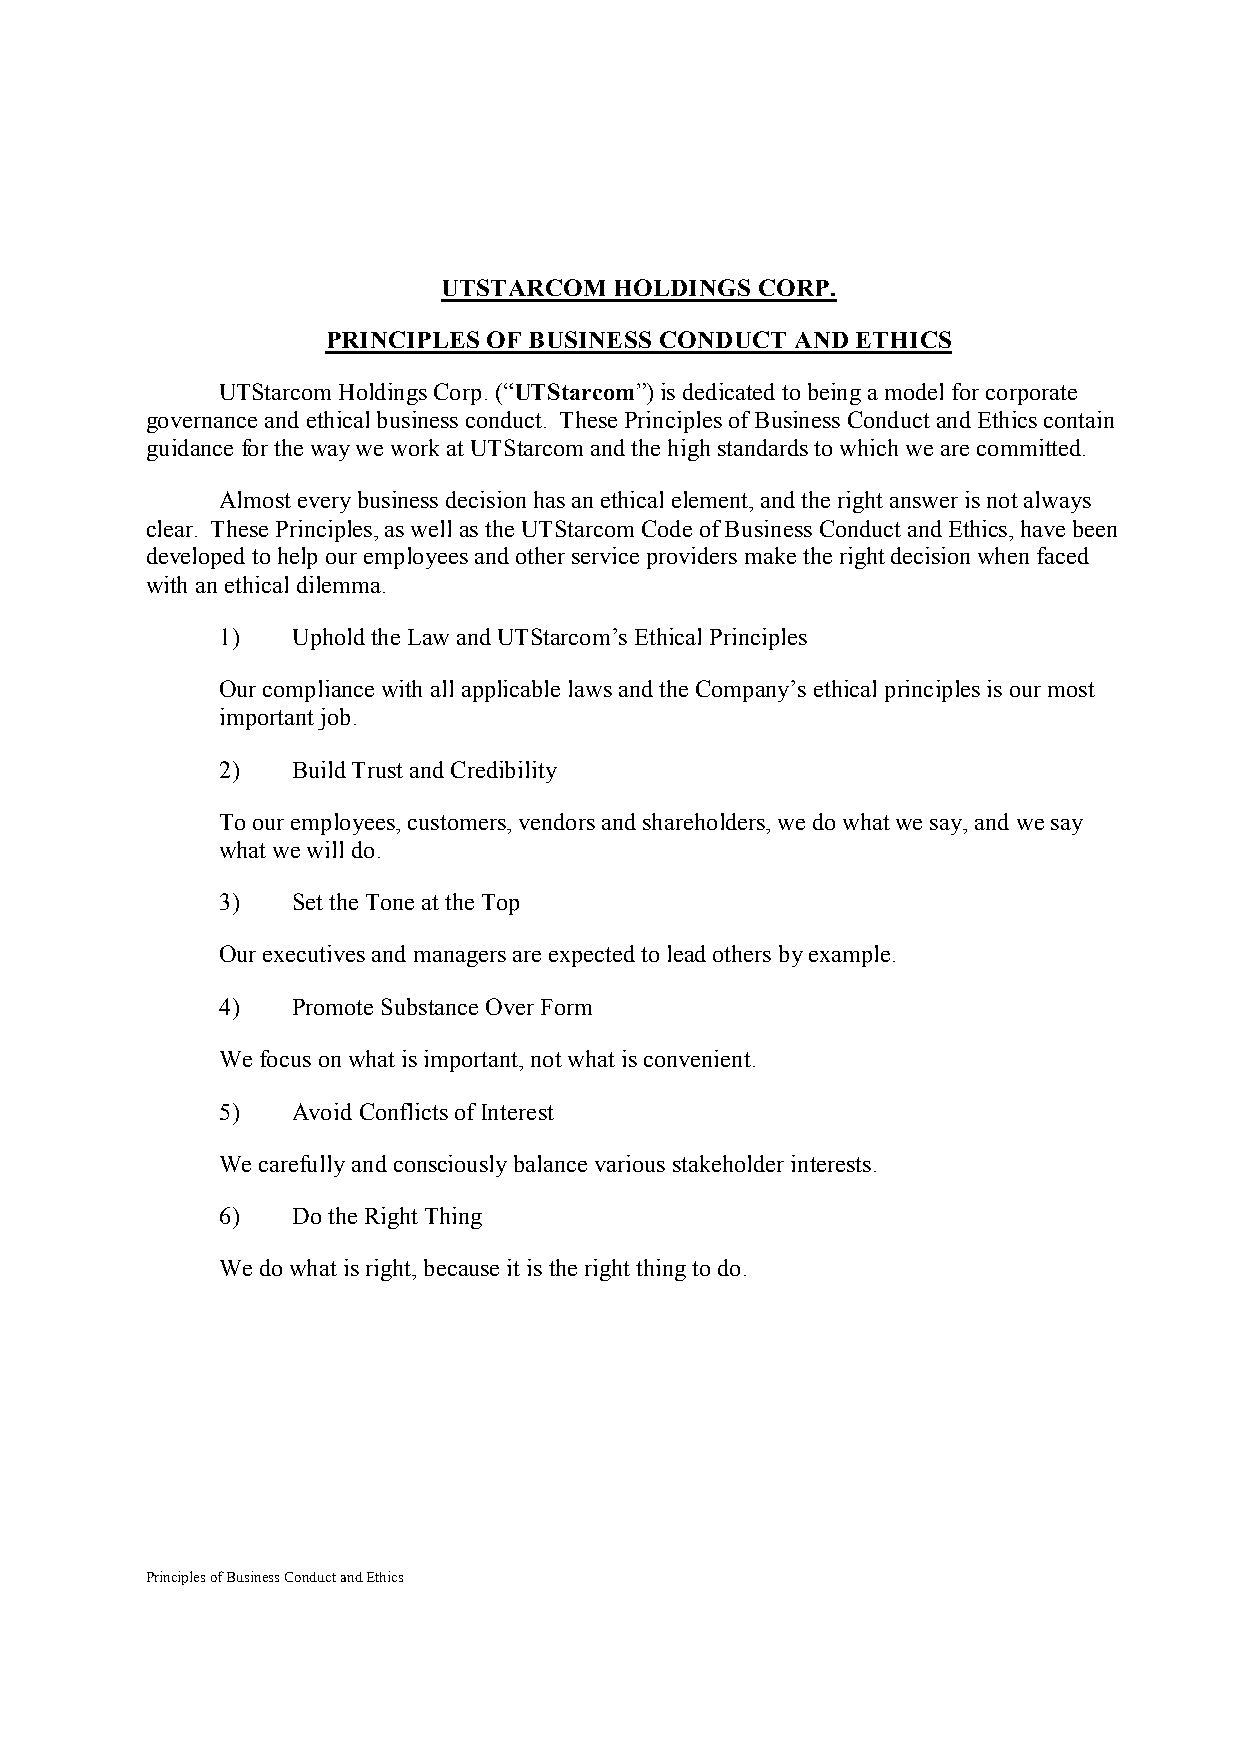
UTSTARCOM   HOLDINGS CORP.
 PRINCIPLES OF BUSINESS CONDUCT AND ETHICS
 UTStarcom Holdings Corp. (“UTStarcom”) is dedicated to being a model for corporate
 governance and ethical business conduct. These Principles of Business Conduct and Ethics contain
 guidance for the way we work at UTStarcom and the high standards to which we are committed.
 Almost every business decision has an ethical element, and the right answer is not always
 clear. These Principles, as well as the UTStarcom Code of Business Conduct and Ethics, have been
 developed to help our employees and other service providers make the right decision when faced
 with an ethical dilemma.
 1)   Uphold the Law and UTStarcom’s Ethical Principles
 Our compliance with all applicable laws and the Company’s ethical principles is our most
 important job.
 2)   Build Trust and Credibility
 To our employees, customers, vendors and shareholders, we do what we say, and we say
 what we will do.
 3)   Set the Tone at the Top
 Our executives and managers are expected to lead others by example.
 4)   Promote Substance Over Form
 We focus on what is important, not what is convenient.
 5)   Avoid Conflicts of Interest
 We carefully and consciously balance various stakeholder interests.
 6)   Do the Right Thing
 We do what is right, because it is the right thing to do.
 Principles of Business Conduct and Ethics